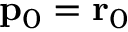
\mathbf { p } _ { 0 } = \mathbf { r } _ { 0 }